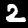
Digit: 2